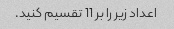
اعداد زیر را بر 11 تقسیم کنید.